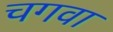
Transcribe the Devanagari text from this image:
चगवा